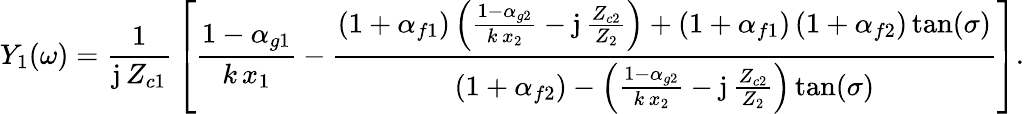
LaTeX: Y_{1}(\omega)=\frac{1}{\mathrm{j}\, Z_{c1}}\, \left[\frac{1-{\alpha}_{g1}}{k\, x_{1}}-\frac{\left(1+{\alpha}_{f1}\right)\left(\frac{1-{\alpha}_{g2}}{k\, x_{2}}-\mathrm{j}\, \frac{Z_{c2}}{Z_{2}}\right)+\left(1+{\alpha}_{f1}\right)\left(1+{\alpha}_{f2}\right)\tan(\sigma)}{\left(1+{\alpha}_{f2}\right)-\left(\frac{1-{\alpha}_{g2}}{k\, x_{2}}-\mathrm{j}\, \frac{Z_{c2}}{Z_{2}}\right)\tan(\sigma)}\right].